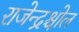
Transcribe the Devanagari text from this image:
राजेन्द्रश्चोल